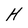
Character: H